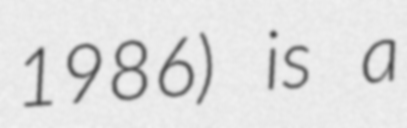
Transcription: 1986) is a